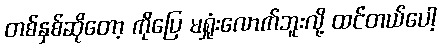
တစ်နှစ်ဆိုတော့ ကိုပြေ မရှုံးလောက်ဘူးလို့ ထင်တယ်ပေါ့